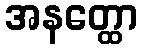
အနတ္ထော